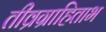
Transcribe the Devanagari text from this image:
तीव्रग्राहिताभ